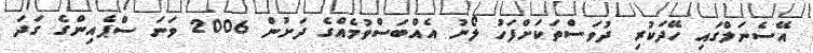
އޭސެނަލްގައި ހޭދަކުރި ދުވަސްތަކަށްފަހު ލޯނު އެއްބަސްވުމެއްގެ ދަށުން 2006 ވަނަ ސްޕެއިންގެ ގަދަ